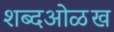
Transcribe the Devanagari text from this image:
शब्दओळख